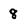
Character: 8